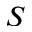
S